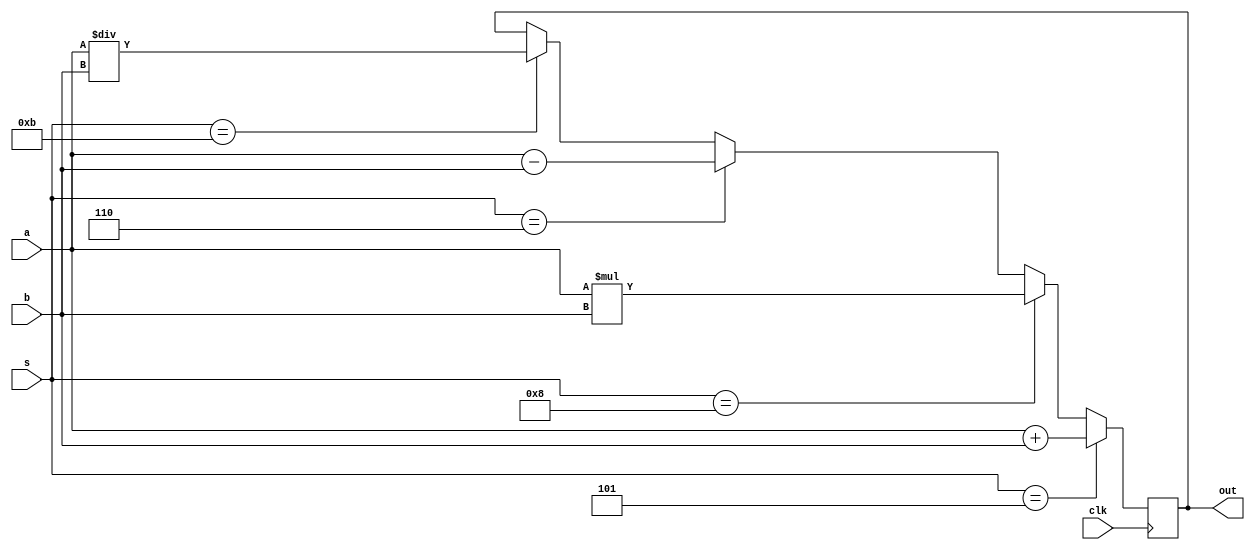
//if select line s=00101->5, out=a+b   
//if s=00110->6, out= a-b;
//if s=01000->8, a*b
//01011->11 --> a/b

module alu (a,b,s,clk,out);
input [39:0]a,b;
input [4:0]s;
input clk;
output [39:0]out;
reg [39:0]out;

always @ (posedge clk)
begin
if (s==5'b00101)
out = a+b;
else if (s==5'b1000)
out= a*b;
else if (s==5'b00110)
out = a-b;
else if (s==5'b01011)
out = a/b;
end
endmodule